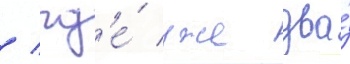
/ гд'е́ уже два́